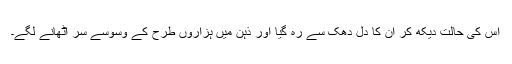
اُس کی حالت دیکھ کر اُن کا دِل دھک سے رہ گیا اور ذہن میں ہزاروں طرح کے وسوسے سر اُٹھانے لگے۔